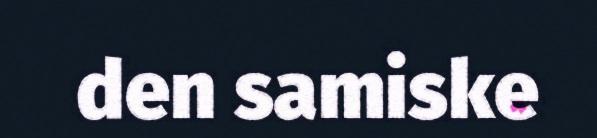
den samiske